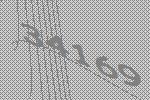
34169